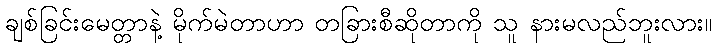
ချစ်ခြင်းမေတ္တာနဲ့ မိုက်မဲတာဟာ တခြားစီဆိုတာကို သူ နားမလည်ဘူးလား။